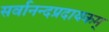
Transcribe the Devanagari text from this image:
सर्वानन्दप्रदायकम्